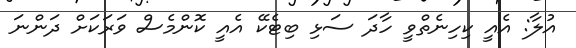
އުލާ: އެއީ ކިހިނެތްވީ ހާދަ ސަޅި ބިޓެކޭ އެއީ ކޮންމެސް ވަރަކަށް ދަންނަ